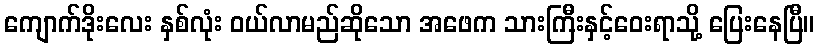
ကျောက်ဒိုးလေး နှစ်လုံး ဝယ်လာမည်ဆိုသော အဖေက သားကြီးနှင့်ဝေးရာသို့ ပြေးနေပြီ။